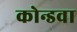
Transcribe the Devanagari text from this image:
कोन्डवा